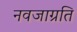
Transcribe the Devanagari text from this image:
नवजाग्रति